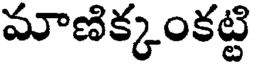
మాణిక్కంకట్టి